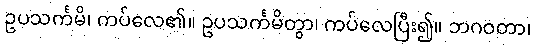
ဥပသင်္ကမိ၊ ကပ်လေ၏။ ဥပသင်္ကမိတွာ၊ ကပ်လေပြီး၍။ ဘဂဝတာ၊